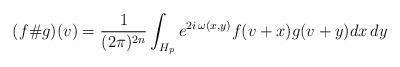
LaTeX: \begin{align*} (f\# g)(v) = \frac{1}{(2\pi)^{2n}}\int_{H_p} e^{2i\,\omega(x,y)}f(v+x)g(v+y) dx\,dy\end{align*}